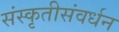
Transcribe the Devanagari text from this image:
संस्कृतीसंवर्धन